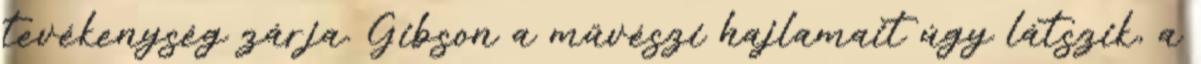
tevékenység zárja. Gibson a művészi hajlamait úgy látszik, a